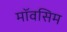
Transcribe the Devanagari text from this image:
मॉवसिम